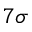
7 \sigma